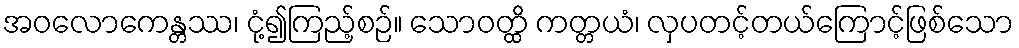
အဝလောကေန္တဿ၊ ငုံ့၍ကြည့်စဉ်။ သောဝတ္ထိ ကတ္တယံ၊ လှပတင့်တယ်ကြောင့်ဖြစ်သော